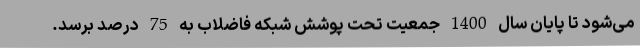
می‌شود تا پایان سال 1400 جمعیت تحت پوشش شبکه فاضلاب به 75 درصد برسد.